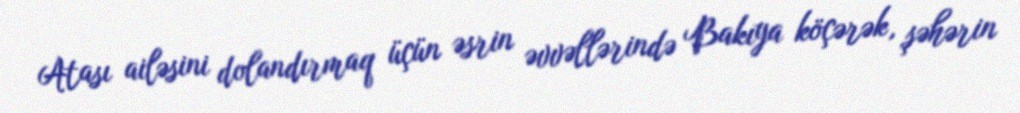
Atası ailəsini dolandırmaq üçün əsrin əvvəllərində Bakıya köçərək, şəhərin